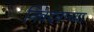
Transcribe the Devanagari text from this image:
निवेदनाच्या